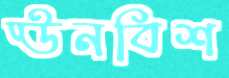
ঊনবিশ